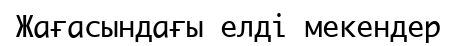
Жағасындағы елді мекендер